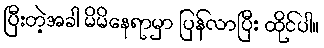
ပြီးတဲ့အခါ မိမိနေရာမှာ ပြန်လာပြီး ထိုင်ပါ။